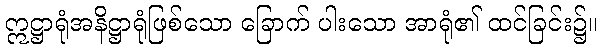
ဣဋ္ဌာရုံအနိဋ္ဌာရုံဖြစ်သော ခြောက် ပါးသော အာရုံ၏ ထင်ခြင်း၌။